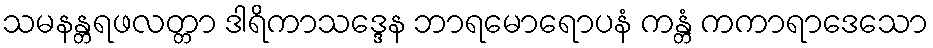
သမနန္တရဖလတ္တာ ဒါရိကာသဒ္ဒေန ဘာရမောရောပနံ ကန္တံ ကကာရာဒေသော